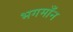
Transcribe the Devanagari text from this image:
भगमाँन